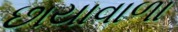
છાયાવાળા